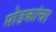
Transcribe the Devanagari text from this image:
मोडकांचा